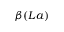
\beta ( L a )